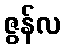
ဇွန်လ